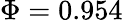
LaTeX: \Phi=0.954